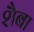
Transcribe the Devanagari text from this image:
शैबा